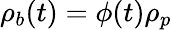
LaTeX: \rho_{b}(t)=\phi(t)\rho_{p}